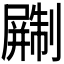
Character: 𫵨